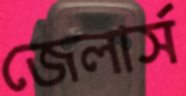
জেলার্স